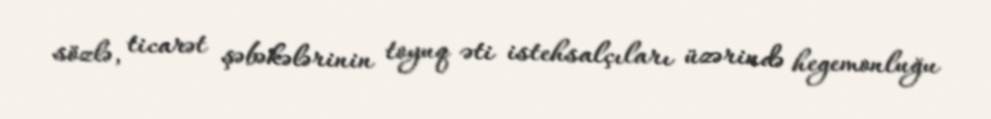
sözlə, ticarət şəbəkələrinin toyuq əti istehsalçıları üzərində hegemonluğu